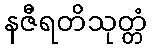
နဇီရတိသုတ္တံ